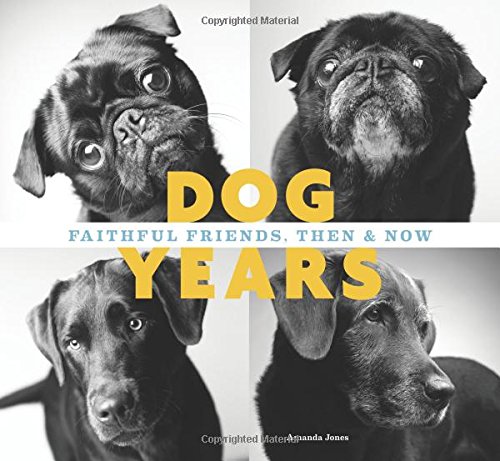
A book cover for Dog Years: Faithful Friends, Then & Now; Amanda Jones; Crafts, Hobbies & Home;